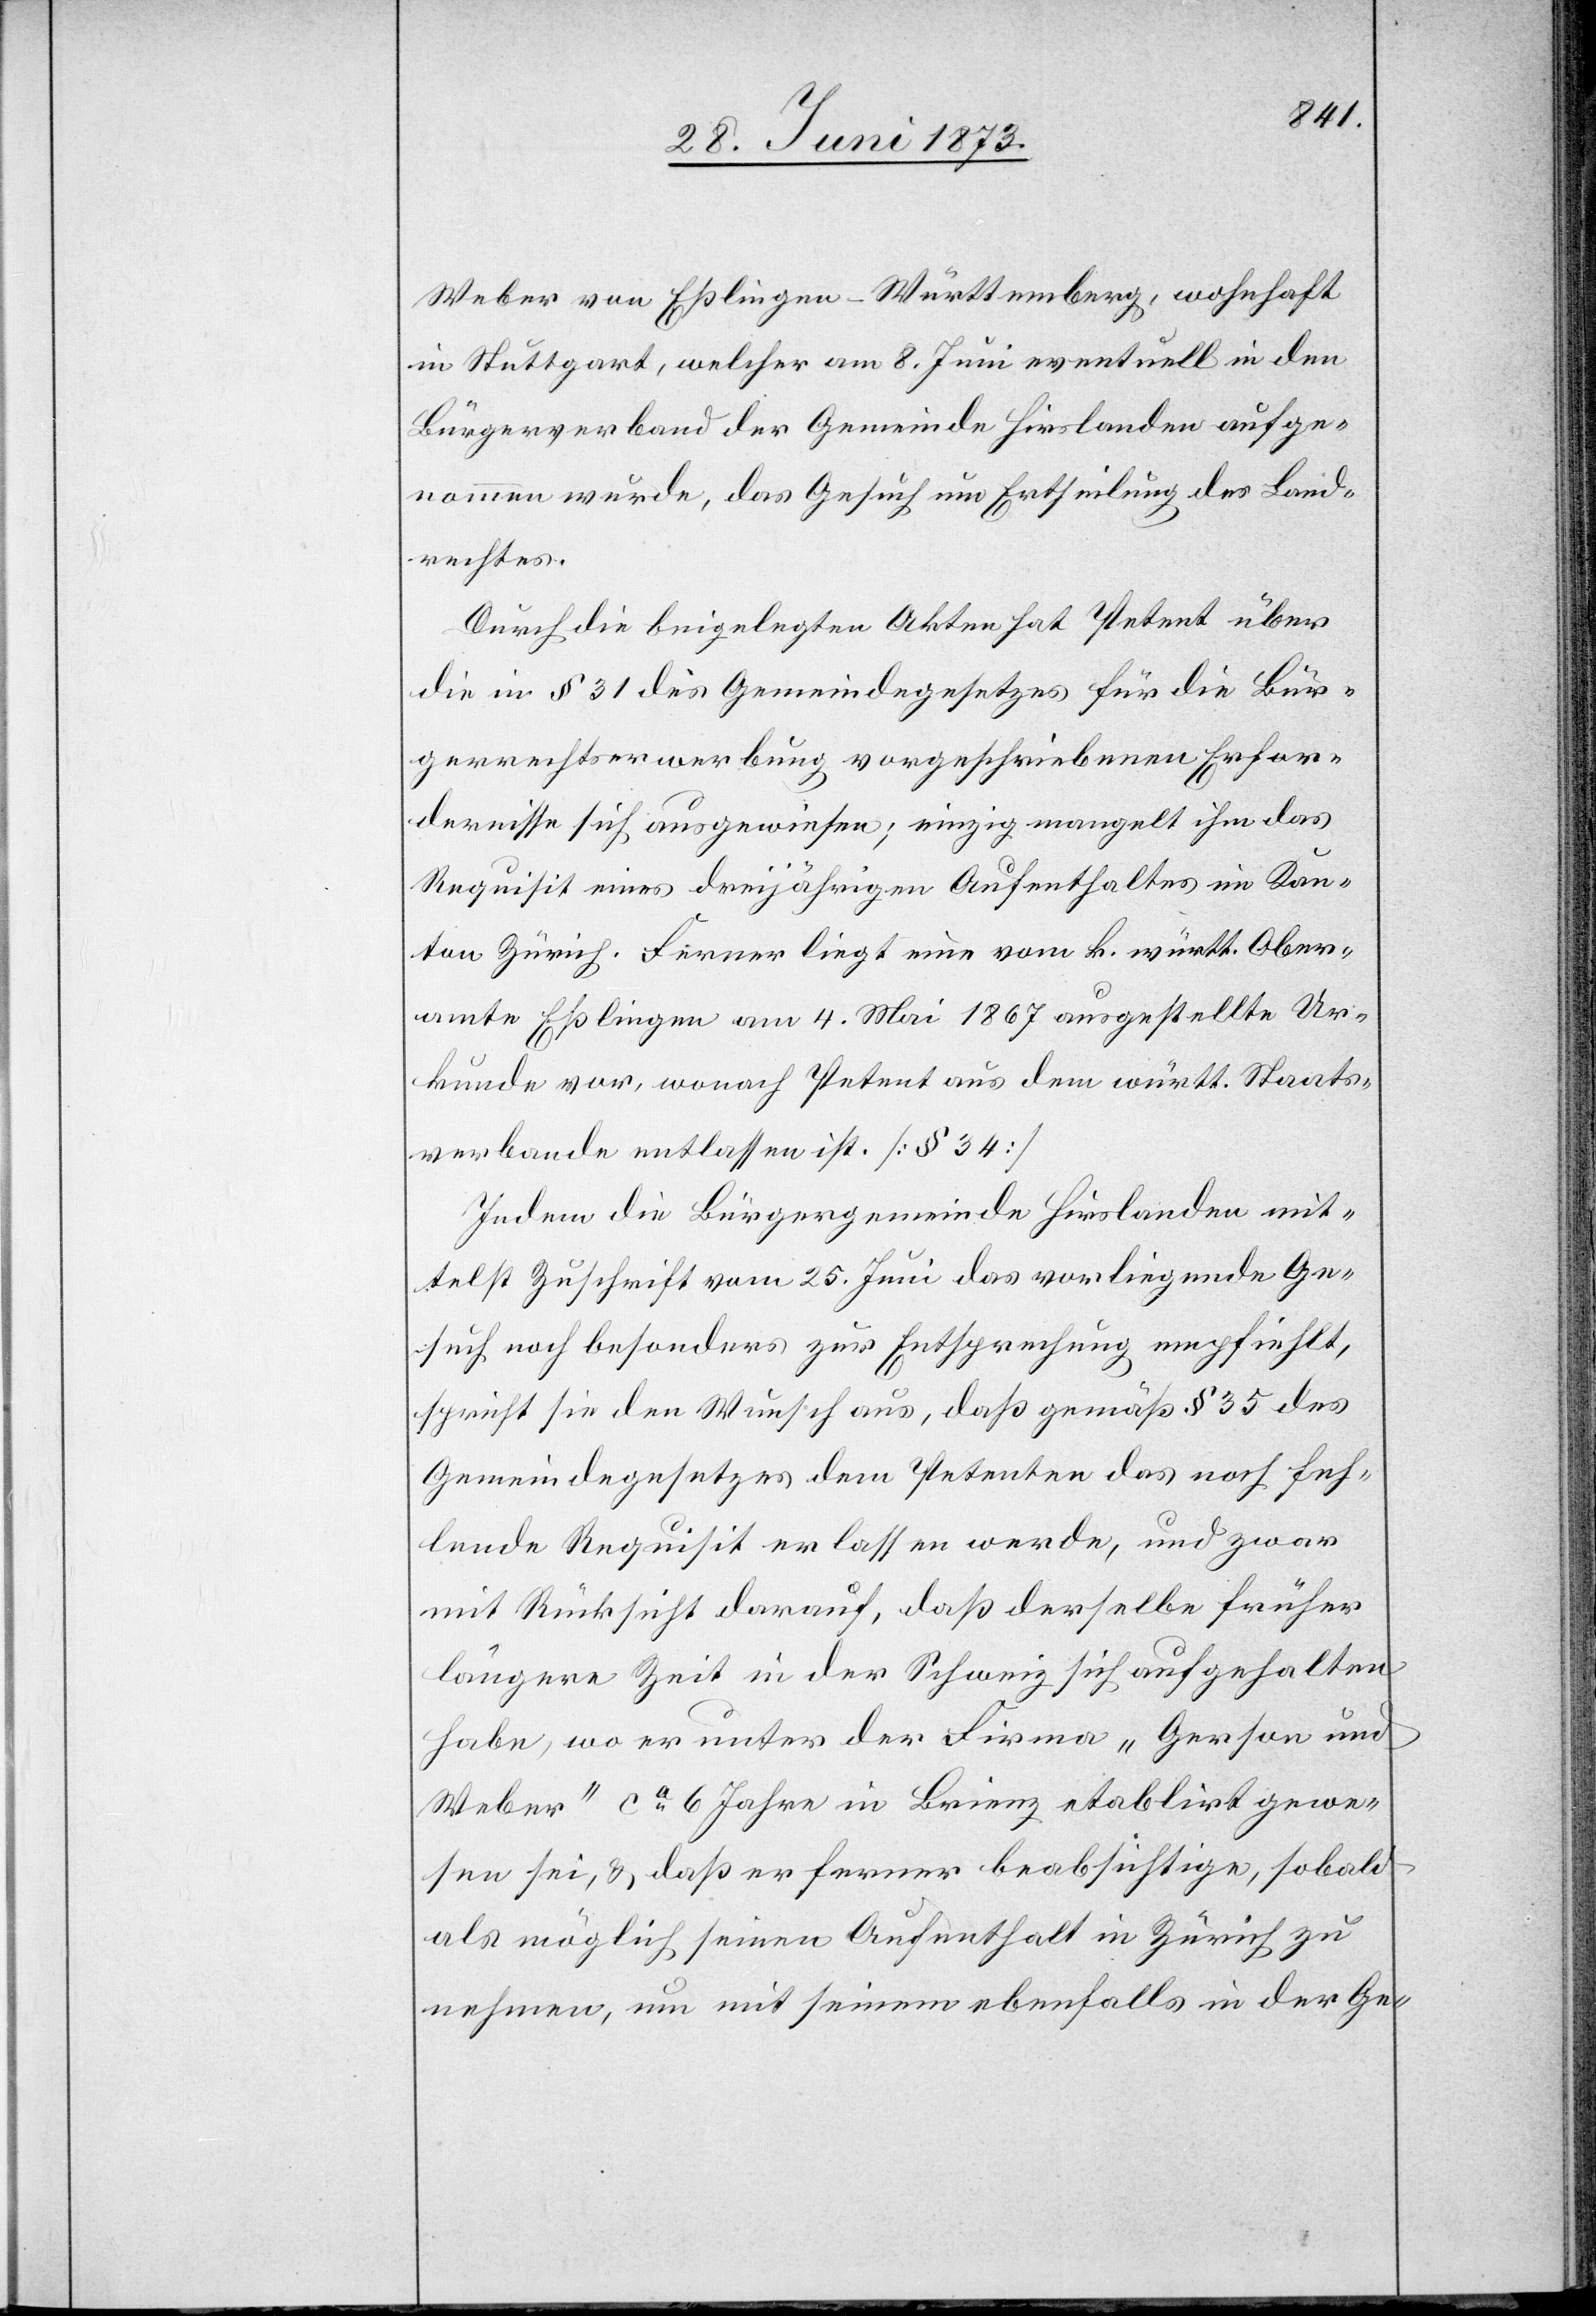
Weber von Eßlingen-Württemberg, wohnhaft
in Stuttgart, welcher am 8. Juni eventuell in den
Bürgerverband der Gemeinde Hirslanden aufge¬
nommen wurde, das Gesuch um Ertheilung des Land¬
rechtes.
Durch die beigelegten Akten hat Petent über
die in § 31 des Gemeindegesetzes für die Bür¬
gerrechtserwerbung vorgeschriebenen Erfor¬
dernisse sich ausgewiesen; einzig mangelt ihm das
Requisit eines dreijährigen Aufenthaltes im Kan¬
ton Zürich. Ferner liegt eine vom k. württ. Ober¬
amte Eßlingen am 4. Mai 1867 ausgestellte Ur¬
kunde vor, wonach Petent aus dem württ. Staats¬
verbande entlassen ist. [§ 34]
Indem die Bürgergemeinde Hirslanden mit¬
telst Zuschrift vom 25. Juni das vorliegende Ge¬
such noch besonders zur Entsprechung empfiehlt,
spricht sie den Wunsch aus, daß gemäß § 35 des
Gemeindegesetzes dem Petenten das noch feh¬
lende Requisit erlassen werde, und zwar
mit Rücksicht darauf, daß derselbe früher
längere Zeit in der Schweiz sich aufgehalten
habe, wo er unter der Firma „Gerson und
Weber“ ca 6 Jahre in Brienz etablirt gewe¬
sen sei, & daß er ferner beabsichtige, sobald
als möglich seinen Aufenthalt in Zürich zu
nehmen, um mit seinem ebenfalls in der Ge-